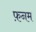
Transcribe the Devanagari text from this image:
फ़नम